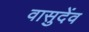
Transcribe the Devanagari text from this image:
वासुदेंव